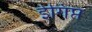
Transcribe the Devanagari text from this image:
ईगिप्त